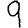
Digit: 9